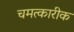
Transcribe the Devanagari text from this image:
चमत्कारीक